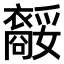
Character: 𧞥